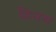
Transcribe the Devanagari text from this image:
हिनम